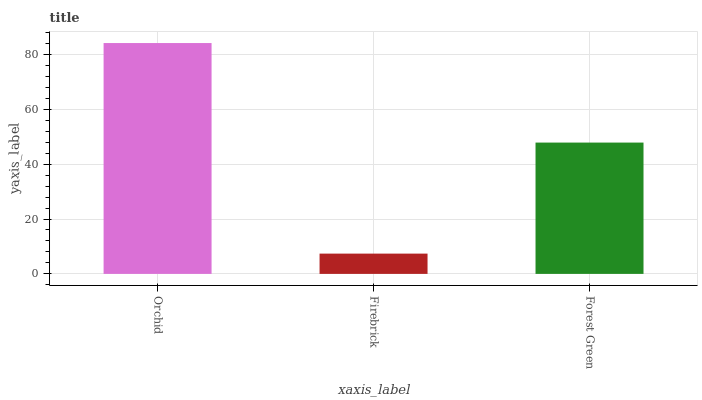
| xaxis_label | bars |
 | --- | --- |
 | Orchid | 84.1 |
 | Firebrick | 7.39 |
 | Forest Green | 47.9 |